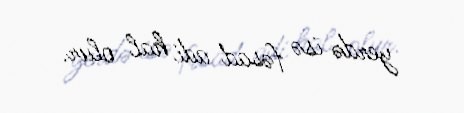
yerdə isə fəsad adi hal olur.